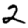
Digit: 2